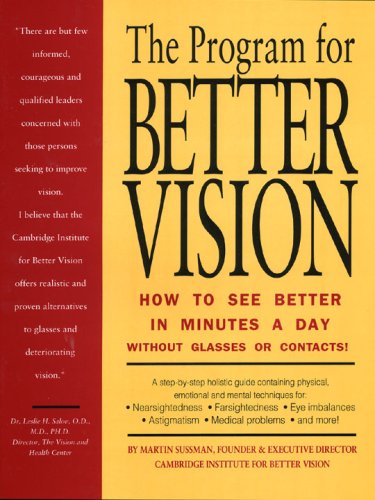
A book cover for The Program for Better Vision: How to See Better in Minutes a Day: Without Glasses or Contacts!; Martin A Sussman; Health, Fitness & Dieting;